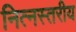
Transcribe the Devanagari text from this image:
नित्नस्तरीय